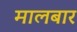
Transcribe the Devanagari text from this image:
मालबार